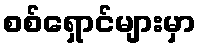
စစ်ရှောင်များမှာ